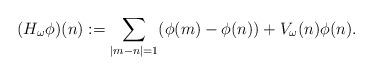
LaTeX: \begin{align*}(H_{\omega}\phi)(n):=\sum_{|m-n|=1}(\phi(m)-\phi(n))+V_{\omega}(n)\phi(n).\end{align*}